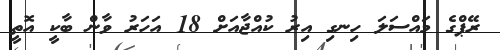
ރޭޕްގެ މައްސަލަ ހިނގި އިރު ކުއްޖާއަށް 18 އަހަރު ވާން ބާކީ އޮތީ